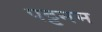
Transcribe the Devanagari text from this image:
पट्टनम